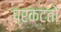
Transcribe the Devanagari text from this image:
प्रकटतो